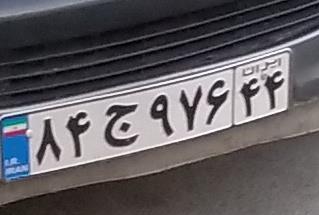
۸۴ج۹۷۶۴۴